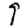
Digit: 9